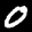
Label: 0